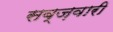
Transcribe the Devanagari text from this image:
सब्ज़वारी